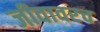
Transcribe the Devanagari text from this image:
जीवावरच